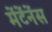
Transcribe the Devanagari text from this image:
मेंटेंनेंस